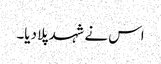
اس نے شہد پلا دیا۔